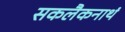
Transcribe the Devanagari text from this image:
सकलैकनाथं